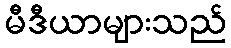
မီဒီယာများသည်